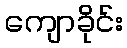
ကျောခိုင်း